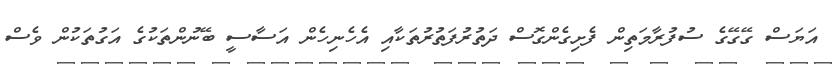
އަޔަސް ގޭގޭގެ ސުފުރާމަތިން ފެށިގެންގޮސް ދަތުރުފަތުރުތަކާއި އެހެނިހެން އަސާސީ ބޭނުންތަކުގެ އަގުތަކުން ވެސް